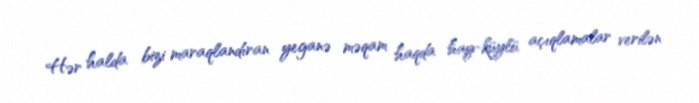
Hər halda bizi maraqlandıran yeganə məqam haqda hay-küylü açıqlamalar verilən